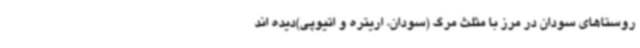
روستاهای سودان در مرز با مثلث مرگ (سودان، اریتره و اتیوپی)دیده اند